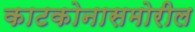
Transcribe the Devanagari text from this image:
काटकोनासमोरील